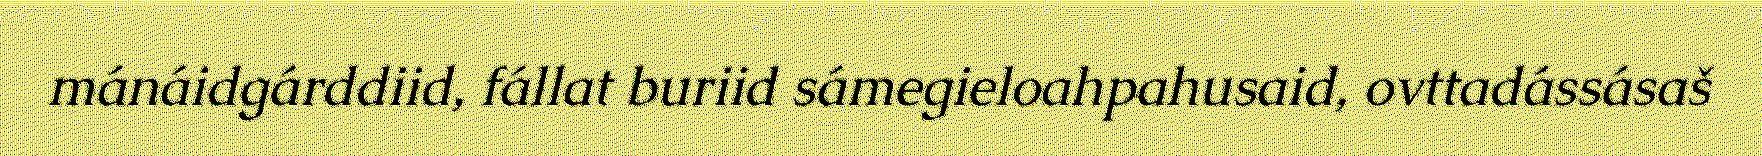
mánáidgárddiid, fállat buriid sámegieloahpahusaid, ovttadássásaš